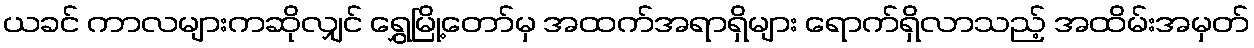
ယခင် ကာလများကဆိုလျှင် ရွှေမြို့တော်မှ အထက်အရာရှိများ ရောက်ရှိလာသည့် အထိမ်းအမှတ်